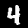
Digit: 4